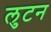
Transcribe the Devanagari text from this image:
लुटन